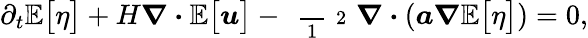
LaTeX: \partial_{t}\mathbb{E}\big[\eta\big]+H\boldsymbol{\nabla}\boldsymbol{\cdot}\mathbb{E}\big[\boldsymbol{u}\big]-\mathrm{~\scriptsize~\frac~{~1~}~{~2~}~}\boldsymbol{\nabla}\boldsymbol{\cdot}(\boldsymbol{a}\boldsymbol{\nabla}\mathbb{E}\big[\eta\big])=0,